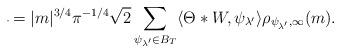
LaTeX: \begin{align*} \overline{_{}}= |m|^{3/4}\pi^{-1/4}\sqrt{2} \sum_{ \psi_{\lambda^{\prime}} \in B_{T}}\langle \Theta*W,\psi_{\lambda^{\prime}} \rangle \rho_{\psi_{\lambda^{\prime}},\infty}(m).\end{align*}